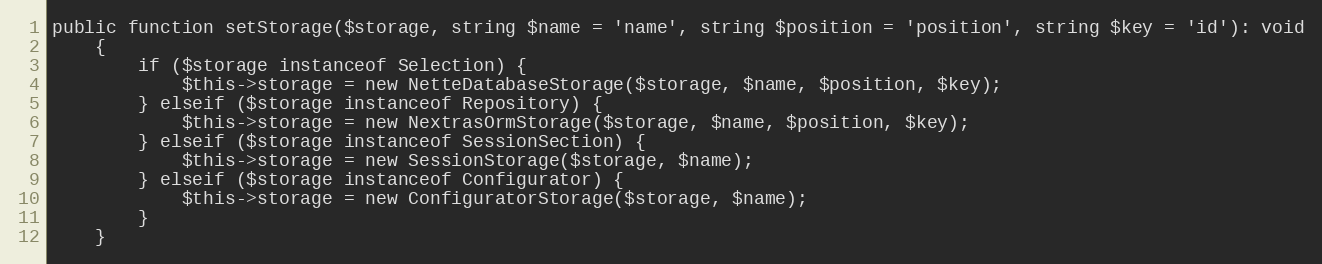
Language: PHP
public function setStorage($storage, string $name = 'name', string $position = 'position', string $key = 'id'): void
	{
		if ($storage instanceof Selection) {
			$this->storage = new NetteDatabaseStorage($storage, $name, $position, $key);
		} elseif ($storage instanceof Repository) {
			$this->storage = new NextrasOrmStorage($storage, $name, $position, $key);
		} elseif ($storage instanceof SessionSection) {
			$this->storage = new SessionStorage($storage, $name);
		} elseif ($storage instanceof Configurator) {
			$this->storage = new ConfiguratorStorage($storage, $name);
		}
	}